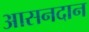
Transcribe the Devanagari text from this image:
आसनदान